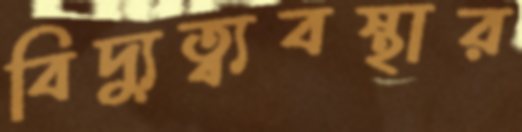
বিদ্যুত্ব্যবস্থার